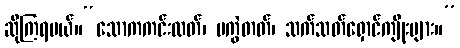
ဆိုကြရမယ်။“သောကကင်းလတ်၊ မကွဲတတ်၊ သက်သတ်ရှောင်ကျိုးများ။”